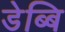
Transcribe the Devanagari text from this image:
डेब्बि